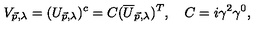
V _ { \vec { p } , \lambda } = ( U _ { \vec { p } , \lambda } ) ^ { c } = C ( \overline { { U } } _ { \vec { p } , \lambda } ) ^ { T } , \quad C = i \gamma ^ { 2 } \gamma ^ { 0 } ,